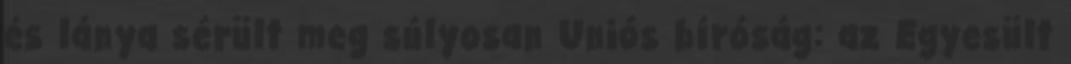
és lánya sérült meg súlyosan Uniós bíróság: az Egyesült